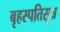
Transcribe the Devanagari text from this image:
बृहस्पतिसूत्र